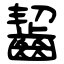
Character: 齧